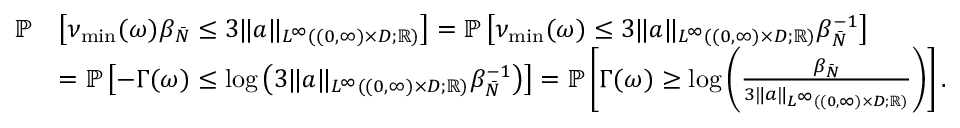
\begin{array} { r l } { \mathbb { P } } & { \left[ \nu _ { \operatorname* { m i n } } ( \omega ) \beta _ { \bar { N } } \leq 3 \| a \| _ { L ^ { \infty } ( ( 0 , \infty ) \times D ; \mathbb { R } ) } \right] = \mathbb { P } \left[ \nu _ { \operatorname* { m i n } } ( \omega ) \leq 3 \| a \| _ { L ^ { \infty } ( ( 0 , \infty ) \times D ; \mathbb { R } ) } \beta _ { \bar { N } } ^ { - 1 } \right] } \\ & { = \mathbb { P } \left[ - \Gamma ( \omega ) \leq \log \left( 3 \| a \| _ { L ^ { \infty } ( ( 0 , \infty ) \times D ; \mathbb { R } ) } \beta _ { \bar { N } } ^ { - 1 } \right) \right] = \mathbb { P } \left[ \Gamma ( \omega ) \geq \log \left( \frac { \beta _ { \bar { N } } } { 3 \| a \| _ { L ^ { \infty } ( ( 0 , \infty ) \times D ; \mathbb { R } ) } } \right) \right] . } \end{array}